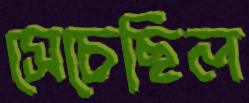
সেচেছিল